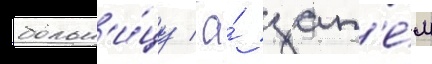
больн'и́цу / а́ зат'е́м